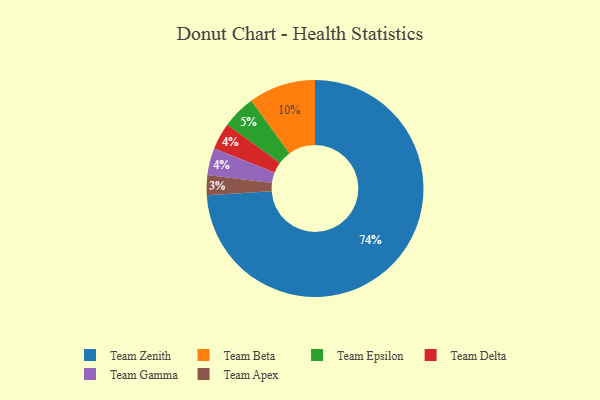
{"axis": {"x": "Category", "y": "Percentage"}, "legend": ["Team Apex", "Team Beta", "Team Delta", "Team Epsilon", "Team Gamma", "Team Zenith"], "data": [{"x": "Team Delta", "y": 4, "type": "Team Delta"}, {"x": "Team Gamma", "y": 4, "type": "Team Gamma"}, {"x": "Team Epsilon", "y": 5, "type": "Team Epsilon"}, {"x": "Team Apex", "y": 3, "type": "Team Apex"}, {"x": "Team Beta", "y": 10, "type": "Team Beta"}, {"x": "Team Zenith", "y": 74, "type": "Team Zenith"}]}